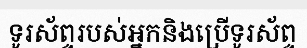
ទូរស័ព្ទរបស់អ្នកនិងប្រើទូរស័ព្ទ